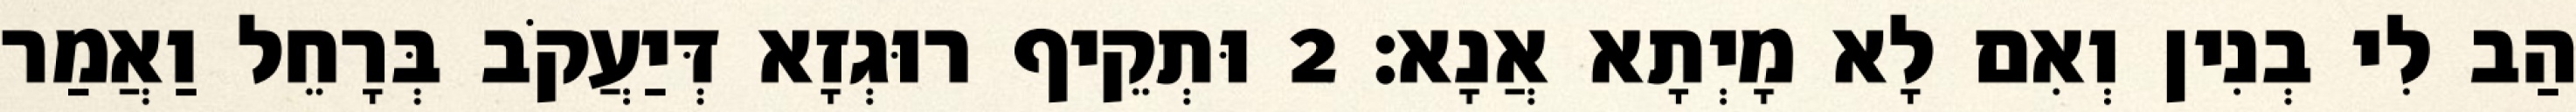
הַב לִי בְנִין וְאִם לָא מָיְתָא אֲנָא׃ 2 וּתְקֵיף רוּגְזָא דְּיַעֲקֹב בְּרָחֵל וַאֲמַר